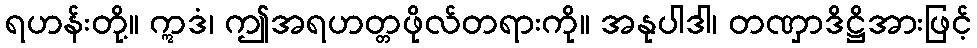
ရဟန်းတို့။ ဣဒံ၊ ဤအရဟတ္တဖိုလ်တရားကို။ အနုပါဒါ၊ တဏှာဒိဋ္ဌိအားဖြင့်